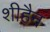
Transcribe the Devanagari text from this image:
शीहैन